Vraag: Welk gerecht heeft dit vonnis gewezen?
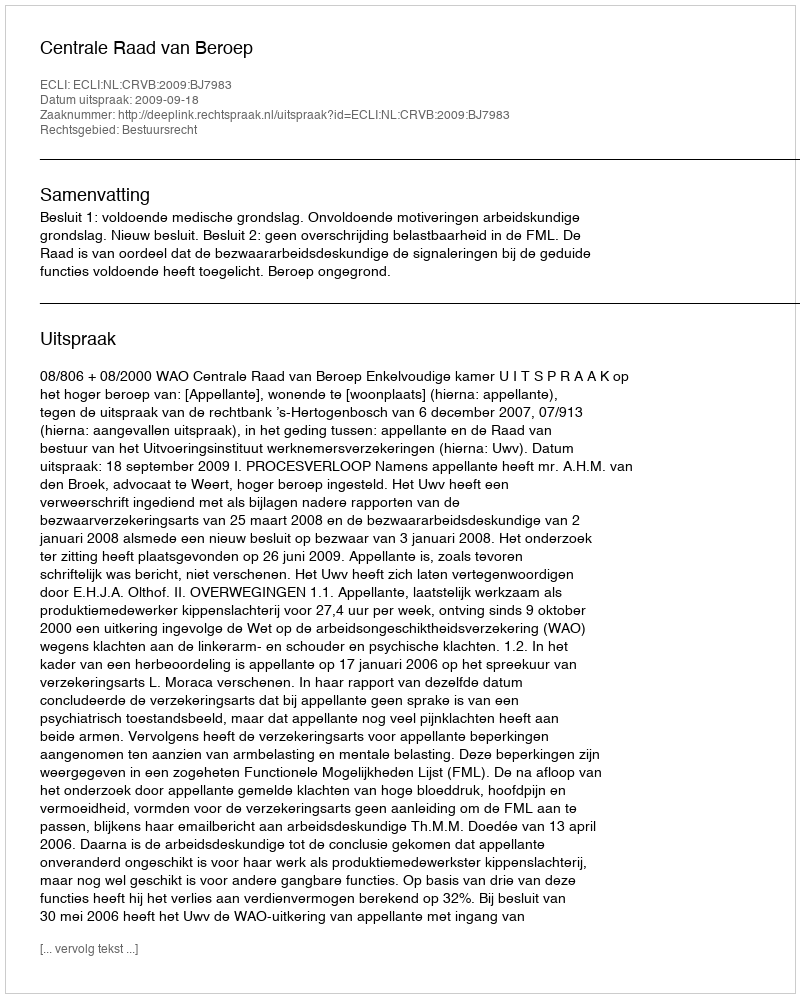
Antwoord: Centrale Raad van Beroep